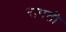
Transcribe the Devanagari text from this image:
रापती